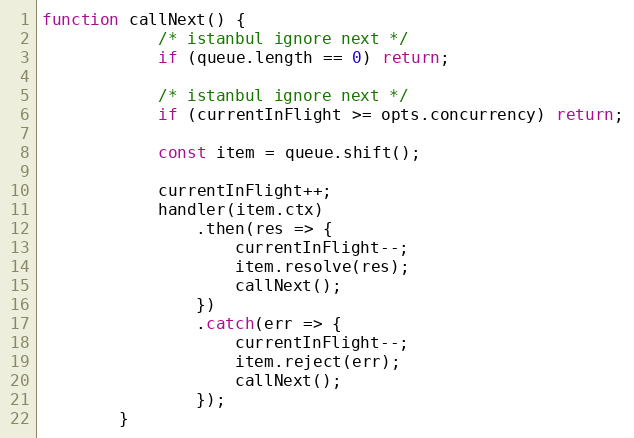
Language: JavaScript
function callNext() {
			/* istanbul ignore next */
			if (queue.length == 0) return;

			/* istanbul ignore next */
			if (currentInFlight >= opts.concurrency) return;

			const item = queue.shift();

			currentInFlight++;
			handler(item.ctx)
				.then(res => {
					currentInFlight--;
					item.resolve(res);
					callNext();
				})
				.catch(err => {
					currentInFlight--;
					item.reject(err);
					callNext();
				});
		}